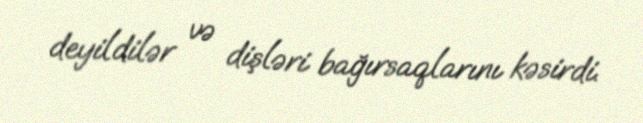
deyildilər və dişləri bağırsaqlarını kəsirdi.